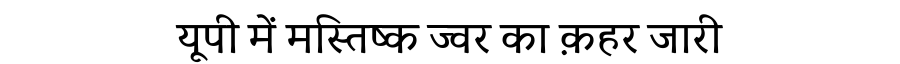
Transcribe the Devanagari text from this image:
यूपी में मस्तिष्क ज्वर का क़हर जारी